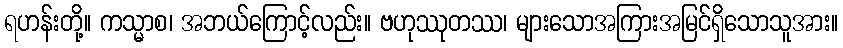
ရဟန်းတို့။ ကသ္မာစ၊ အဘယ်ကြောင့်လည်း။ ဗဟုဿုတဿ၊ များသောအကြားအမြင်ရှိသောသူအား။